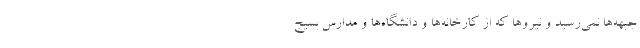
جبهه‌ها نمی‌رسید و نیروها که از کارخانه‌ها و دانشگاه‌ها و مدارس بسیج